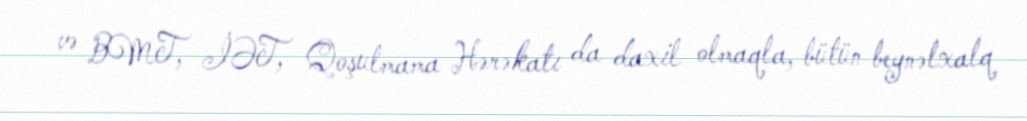
və BMT, İƏT, Qoşulmama Hərəkatı da daxil olmaqla, bütün beynəlxalq